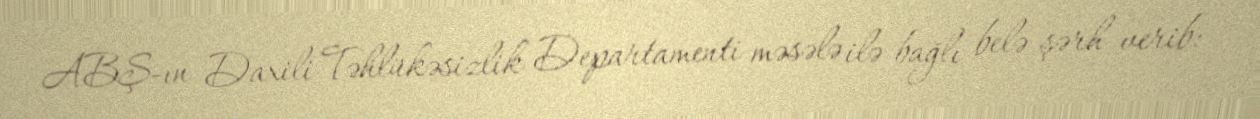
ABŞ-ın Daxili Təhlükəsizlik Departamenti məsələ ilə bağlı belə şərh verib: